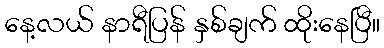
နေ့လယ် နာရီပြန် နှစ်ချက် ထိုးနေပြီ။